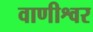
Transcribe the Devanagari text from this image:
वाणीश्वर